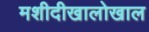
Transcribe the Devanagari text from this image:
मशीदीखालोखाल